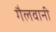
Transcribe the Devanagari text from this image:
गैलवानी